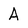
Character: A